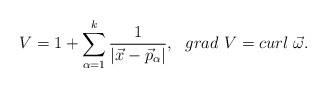
\begin{align*} V=1+\sum_{\alpha=1}^k\frac{1}{|\vec{x}-\vec{p}_{\alpha}|}, \ \ grad\ V=curl\ \vec{\omega}.\end{align*}